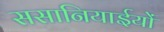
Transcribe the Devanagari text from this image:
ससानियाईयों